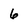
Character: 6